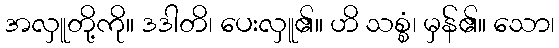
အလှူတို့ကို။ ဒဒါတိ၊ ပေးလှူ၏။ ဟိ သစ္စံ၊ မှန်၏။ သော၊